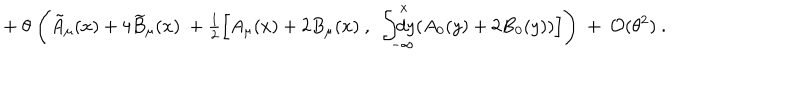
+ ~ \theta ~ \Biggl ( \tilde { A } _ { \mu } ( x ) + 4 \widetilde B _ { \mu } ( x ) ~ + { \textstyle \frac 1 2 } \Bigl [ A _ { \mu } ( x ) + 2 B _ { \mu } ( x ) ~ , ~ \int _ { - \infty } ^ { x } \kern - 1 . 2 e m d y ( A _ { 0 } ( y ) + 2 B _ { 0 } ( y ) ) \Bigr ] \Biggr ) ~ + ~ { \cal O } ( \theta ^ { 2 } ) ~ .